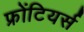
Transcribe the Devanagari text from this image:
फ्रोंटियर्स